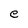
Character: e